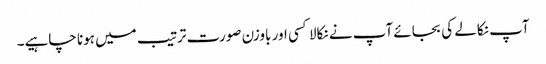
آپ نکالے کی بجائے آپ نے نکالا کسی اور باوزن صورت ترتیب میں ہونا چاہیے۔